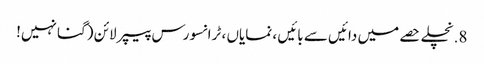
8. نچلے حصے میں دائیں سے بائیں ، نمایاں ، ٹرانسورس پیپر لائن (گنا نہیں!